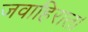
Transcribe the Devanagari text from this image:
जवाहिरात।